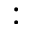
: